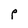
Character: P